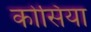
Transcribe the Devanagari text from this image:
कोसिया